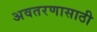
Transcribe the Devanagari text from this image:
अवतरणासाठी